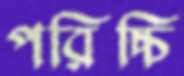
পরিচ্চি